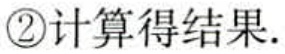
\textcircled{2}计算得结果.